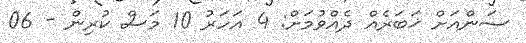
ސަންއަށް ޚަބަރެއް ދެއްވުމަށް: 4 އަހަރު 10 މަސް ކުރިން - 06